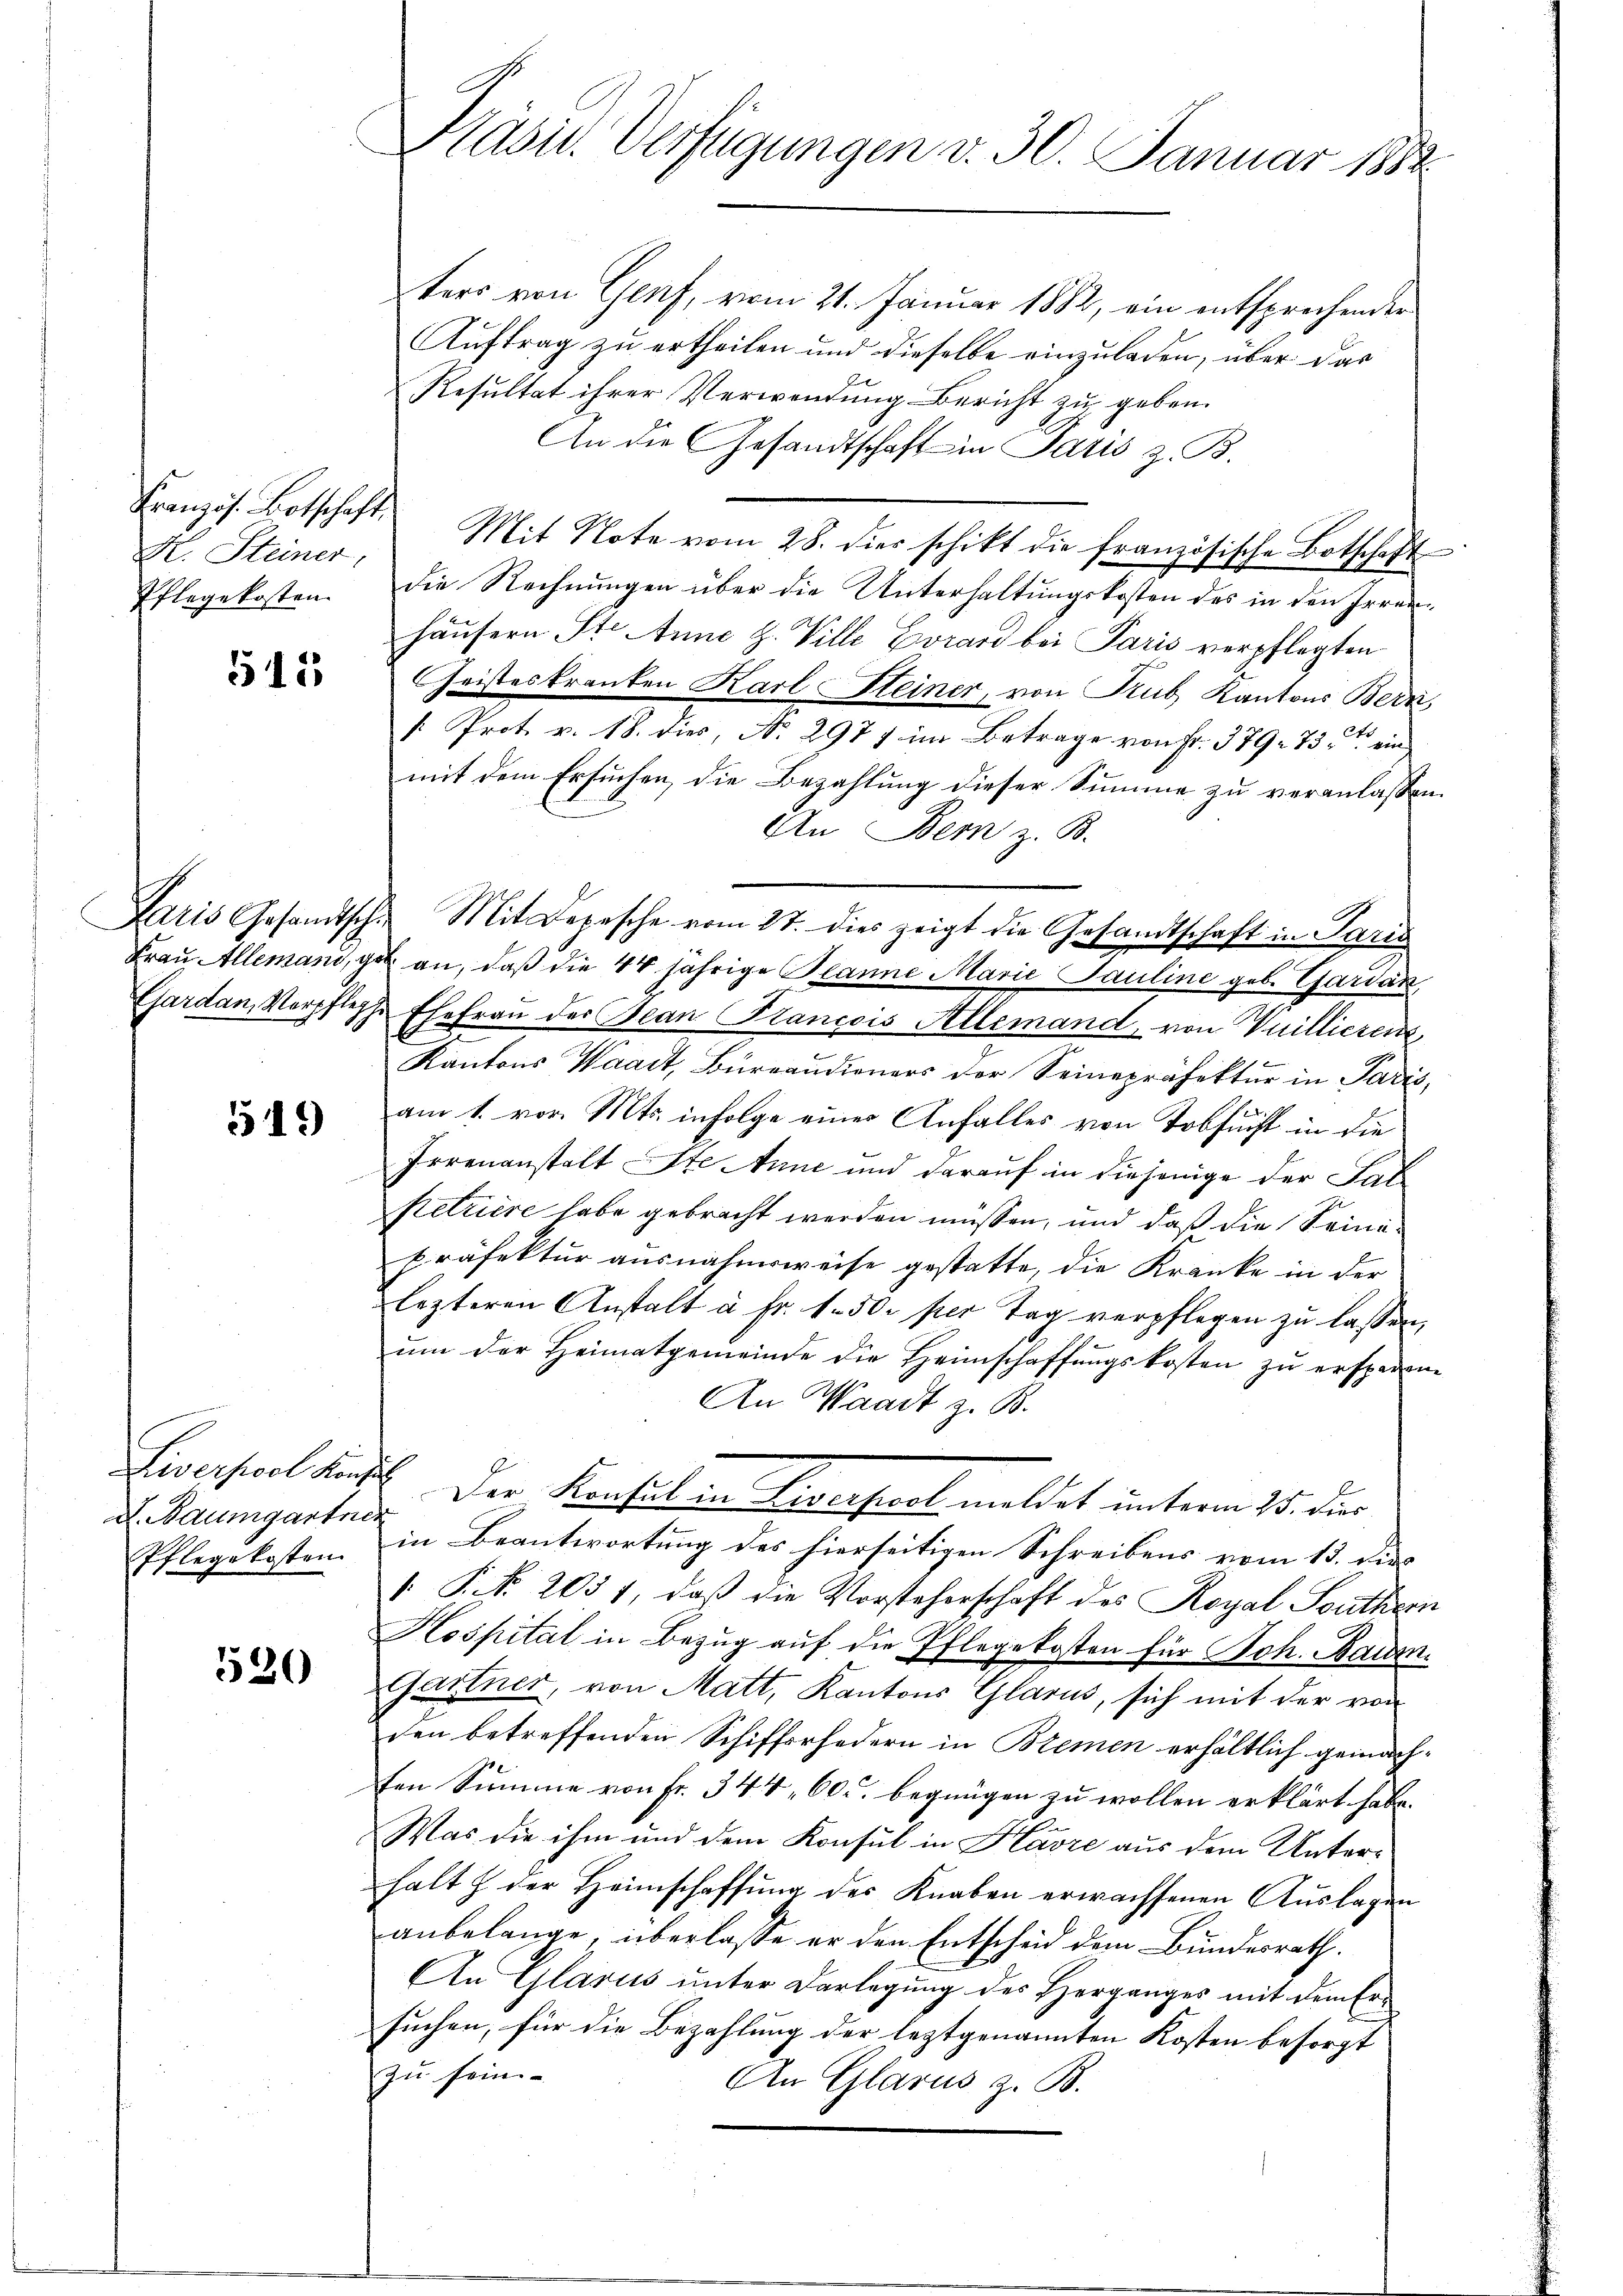
Französ. Botschaft
H. Steiner
Pflegekosten.

515

519

D. Baumgartner
Pflegekosten.

520

ters von Genf, vom 21. Januar 1882, ein entsprechender
Auftrag zu ertheilen und dieselbe einzuladen, über das
Resultat ihrer Verwendung Bericht zu geben.
An die Gesandtschaft in Paris z. B.
Mit Note vom 28. dies schikt die französische Botschaft
die Rechnungen über die Unterhaltungskosten des in den Irrenhäŭsern Ste Anne H. Ville Evrard bei Paris verpflegten
Geisteskranken Karl Steiner, von Rub. Kantons Bern,
: Prot. v. 18. dies, No. 2971 im Betrage von Fr. 379. 73 ein
mit dem Ersuchen, die Bezahlung dieser Summe zu veranlassen.
An Bern z. B.
Laris Gesamtsch. Mit Depesche vom 27. dies zeigt die Gesandtschaft in Paris
Frau Allemani, gut an, daß die 44 jährige Banne Marie Pauline geb. Gardan,
Gardan, Vorpfliche Ehefrau der Bean François Allemand, von Vuillieren,
Kantons Waadt, Büreaŭdieners der Seinepräfektur in Paris,
am 1. vor. Mts. infolge einer Anfalles von Tobsucht in die
Irrenanstalt ste Anne und darauf in diejenige der Salpetriere habe gebracht werden müssen, und daß die Seine
Präfektur ausnahmsweise gestatte, die Kranke in der
lezteren Anstalt u. fr. 1. 50. per Tag verpflegen zŭ lassen,
ŭm der Heimatgemeinde die Heimschaffŭngskosten zŭ ersparen
An Waadt z. B.
Liversel konst. Der Konsul in Liverfiel meldet unterm 25. der
in Beantwortung des hierseitigen Schreibens vom 13. dies
. P. Nr. 2031, daß die Vorsteherschaft des Royal Southern
Kospital in Bezug auf die Pflegekosten für Joh. Baum.
Gartner, von Matt, Kantons Glarus, sich mit der von
den betreffenden Schifferfedern in Bremen erhältlich gemachfen Summe von Fr. 344, 60. begnügen zu wollen erklärt habe.
Was die ihm und dem Konsul in Havre aus dem Unterhalt & der Heimschaffŭng der Knaben erwachsenen Aŭslagen
anbelange, überlasse er den Entscheid dem Bundesrath.
An Glarus unter Darlegung des Herganges mit dem Ersuchen, für die Bezahlung der leztgenannten Kosten besorgt
zu sein
An Glarus z. B.

Käsil-Verfügungen v. 30. Januar 1882